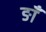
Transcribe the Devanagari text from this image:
ङाँ